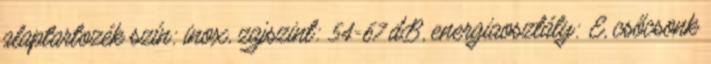
alaptartozék szín: inox, zajszint: 54-67 dB, energiaosztály: E, csőcsonk